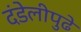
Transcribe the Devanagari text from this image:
दंडेलीपुढे